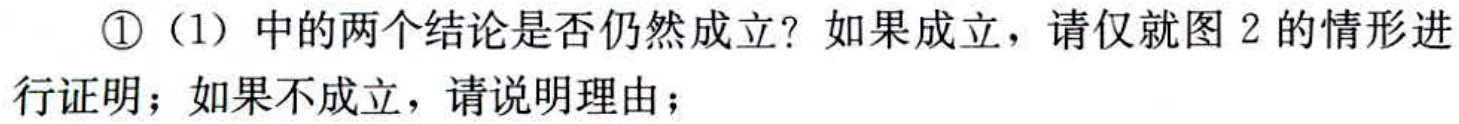
\textcircled{1}（1）中的两个结论是否仍然成立？如果成立，请仅就图 2 的情形进行证明；如果不成立，请说明理由；